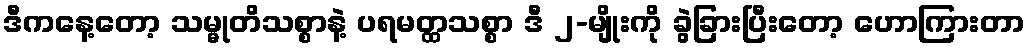
ဒီကနေ့တော့ သမ္မုတိသစ္စာနဲ့ ပရမတ္ထသစ္စာ ဒီ ၂-မျိုးကို ခွဲခြားပြီးတော့ ဟောကြားတာ